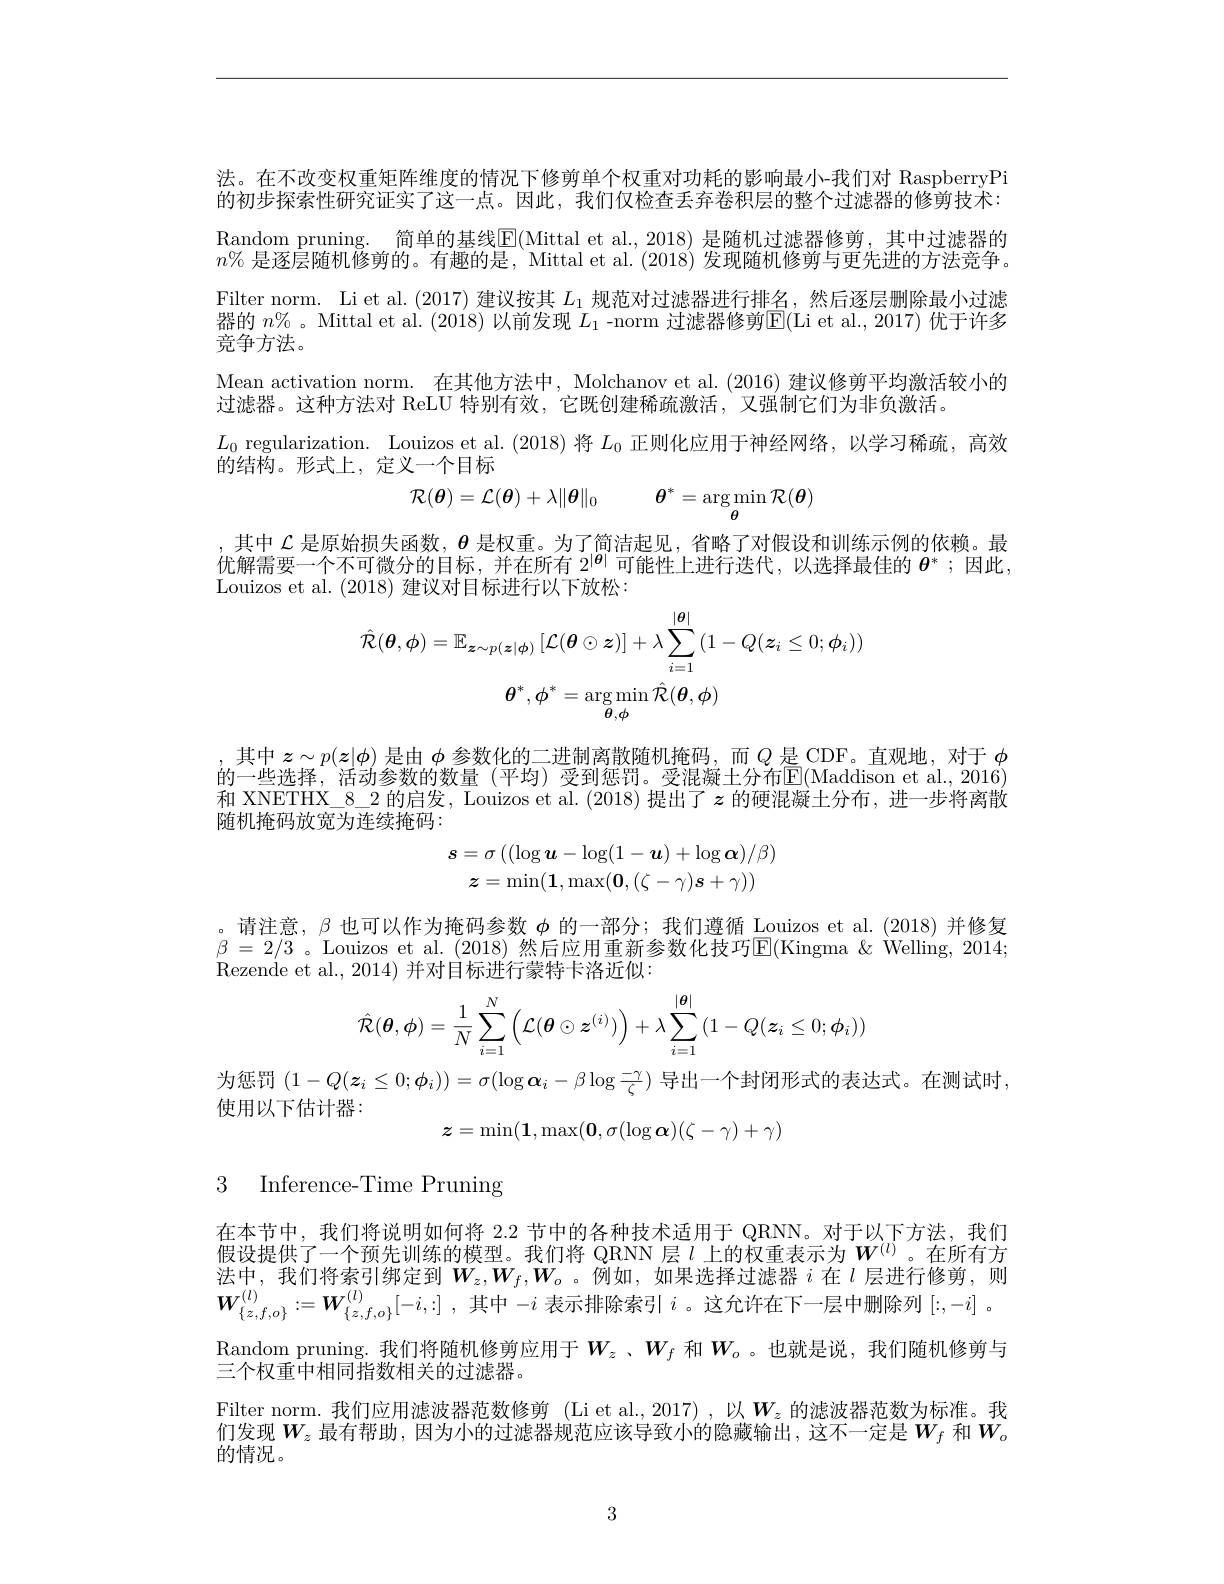
法。在不改变权重矩阵维度的情况下修剪单个权重对功耗的影响最小-我们对 RaspberryPi 的初步探索性研究证实了这一点。因此，我们仅检查丢弃卷积层的整个过滤器的修剪技术： Random pruning. 简单的基线$\mathbb{E}($Mittal et al.,2018) 是随机过滤器修剪，其中过滤器的$n\%$是逐层随机修剪的。有趣的是，Mittal et al. (2018)发现随机修剪与更先进的方法竞争。Filter norm. Li et al.(2017) 建议按其$L_1$规范对过滤器进行排名，然后逐层删除最小过滤器的 $n\%$。Mittal et al. (2018) 以前发现 $L_1$ -norm 过滤器修剪$\overline{\mathrm{E}}($Li et al., 2017) 优于许多竞争方法。
Mean activation norm. 在其他方法中，Molchanov et al. (2016) 建议修剪平均激活较小的
过滤器。这种方法对 ReLU 特别有效，它既创建稀疏激活，又强制它们为非负激活。
$L_0$ regularization. Louizos et al. (2018)将$L_0$正则化应用于神经网络，以学习稀疏，高效
的结构。形式上，定义一个目标
$$\mathcal{R}(\boldsymbol{\theta})=\mathcal{L}(\boldsymbol{\theta})+\lambda\|\boldsymbol{\theta}\|_{0}\quad\boldsymbol{\theta}^{*}=\arg\min_{\boldsymbol{\theta}}\mathcal{R}(\boldsymbol{\theta})$$
其中$\mathcal{L}$是原始损失函数，$\boldsymbol{\theta}$是权重。为了简洁起见，省略了对假设和训练示例的依赖。最优解需要一个不可微分的目标，并在所有$2^{|\boldsymbol{\theta}|}$可能性上进行迭代，以选择最佳的$\boldsymbol{\theta}^*;$因此Louizos et al. (2018)建议对目标进行以下放松：
$$\hat{\mathcal{R}}(\boldsymbol{\theta},\boldsymbol{\phi})=\mathbb{E}_{\boldsymbol{z}\sim p(\boldsymbol{z}|\boldsymbol{\phi})}\left[\mathcal{L}(\boldsymbol{\theta}\odot\boldsymbol{z})\right]+\lambda\sum_{i=1}^{|\boldsymbol{\theta}|}\left(1-Q(\boldsymbol{z}_{i}\leq0;\phi_{i})\right)\\\boldsymbol{\theta}^{*},\boldsymbol{\phi}^{*}=\arg\min_{\boldsymbol{\theta},\boldsymbol{\phi}}\hat{\mathcal{R}}(\boldsymbol{\theta},\boldsymbol{\phi})$$
其中$z\sim p(\boldsymbol{z}|\phi)$是由$\phi$参数化的二进制离散随机掩码，而$Q$是 CDF。直观地，对于$\phi$ 的一些选择，活动参数的数量 (平均) 受到惩罚。受混凝土分布$\operatorname{E}($Maddison et al.,2016) 和 XNETHX\_8\_2 的启发，Louizos et al. (2018) 提出了$z$的硬混凝土分布，进一步将离散随机掩码放宽为连续掩码：
$$\boldsymbol{s}=\sigma\left((\log\boldsymbol{u}-\log(1-\boldsymbol{u})+\log\boldsymbol{\alpha})/\beta\right)\\\boldsymbol{z}=\operatorname*{min}(\mathbf{1},\operatorname*{max}(\mathbf{0},(\zeta-\gamma)s+\gamma))$$
$\begin{array}{l}\text{。请注意，}\beta\text{ 也可以作为掩码参数 }\phi\text{ 的一部分；我们遵循 Louizos et al.(2018)并修复}\\\beta=2/3\text{ 。Louizos et al. }(2018)\text{ 然后应用重新参数化技巧}\mathbb{E}(\text{Kingma }\&\text{ Welling, 2014;}\\\end{array}$
Rezende et al., 2014) 并对目标进行蒙特卡洛近似：
$$\hat{\mathcal{R}}(\boldsymbol{\theta},\boldsymbol{\phi})=\frac{1}{N}\sum_{i=1}^{N}\left(\mathcal{L}(\boldsymbol{\theta}\odot\boldsymbol{z}^{(i)})\right)+\lambda\sum_{i=1}^{|\boldsymbol{\theta}|}\left(1-Q(\boldsymbol{z}_{i}\leq0;\boldsymbol{\phi}_{i})\right)$$
为惩罚$(1-Q(\boldsymbol{z}_i\leq0;\boldsymbol{\phi}_i))=\sigma(\log\boldsymbol{\alpha}_i-\beta\log\frac{-\gamma}\zeta)$导出一个封闭形式的表达式。在测试时，
使用以下估计器：
$$z=\min(\mathbf{1},\max(\mathbf{0},\sigma(\log\boldsymbol{\alpha})(\zeta-\gamma)+\gamma)$$
3 Inference-Time Pruning

在本节中，我们将说明如何将 2.2 节中的各种技术适用于 QRNN。对于以下方法，我们假设提供了一个预先训练的模型。我们将 QRNN 层$l$上的权重表示为$W^{(l)}$。在所有方法中，我们将索引绑定到$W_z,W_f,W_o$。例如，如果选择过滤器$i$在$l$层进行修剪，则$\boldsymbol{W}_{\{ z, f, o\} }^{( l) }: = \boldsymbol{W}_{\{ z, f, o\} }^{( l) }[ - i, : ]$ ,其中$-i$表示排除索引$i$ 。这允许在下一层中删除列$[:,-i]$
$\begin{array}{l}\mathrm{Random~pruning.~}\\\text{一众切垂由地回北断坦半的斗沛照}\end{array}$我们将随机修剪应用于$W_z$、$W_f$ 和$W_o$。也就是说，我们随机修剪与
三个权重中相同指数相关的过滤器。
Filter norm.我们应用滤波器范数修剪(Li et al.,2017) ,以$W_z$ 的滤波器范数为标准。我们发现$W_z$ 最有帮助，因为小的过滤器规范应该导致小的隐藏输出，这不一定是$W_f$ 和$W_o$ 的情况。

3